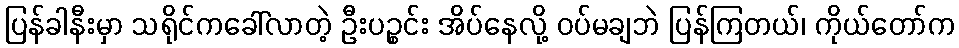
ပြန်ခါနီးမှာ သရိုင်ကခေါ်လာတဲ့ ဦးပဉ္စင်း အိပ်နေလို့ ဝပ်မချဘဲ ပြန်ကြတယ်၊ ကိုယ်တော်က